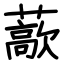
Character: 藃